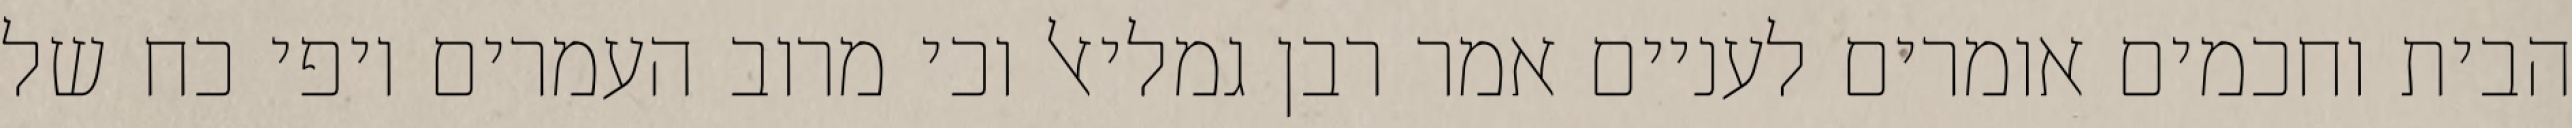
הבית וחכמים אומרים לעניים אמר רבן גמליאל וכי מרוב העמרים יופי כח של